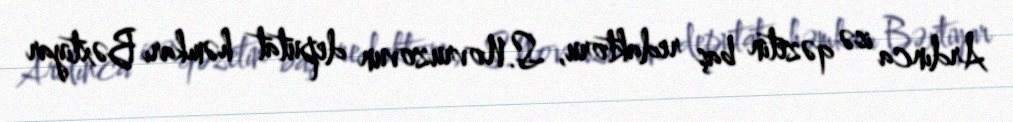
Ardınca isə qəzetin baş redaktoru, S.Novruzovun deputat həmkarı Bəxtiyar